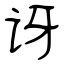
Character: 讶